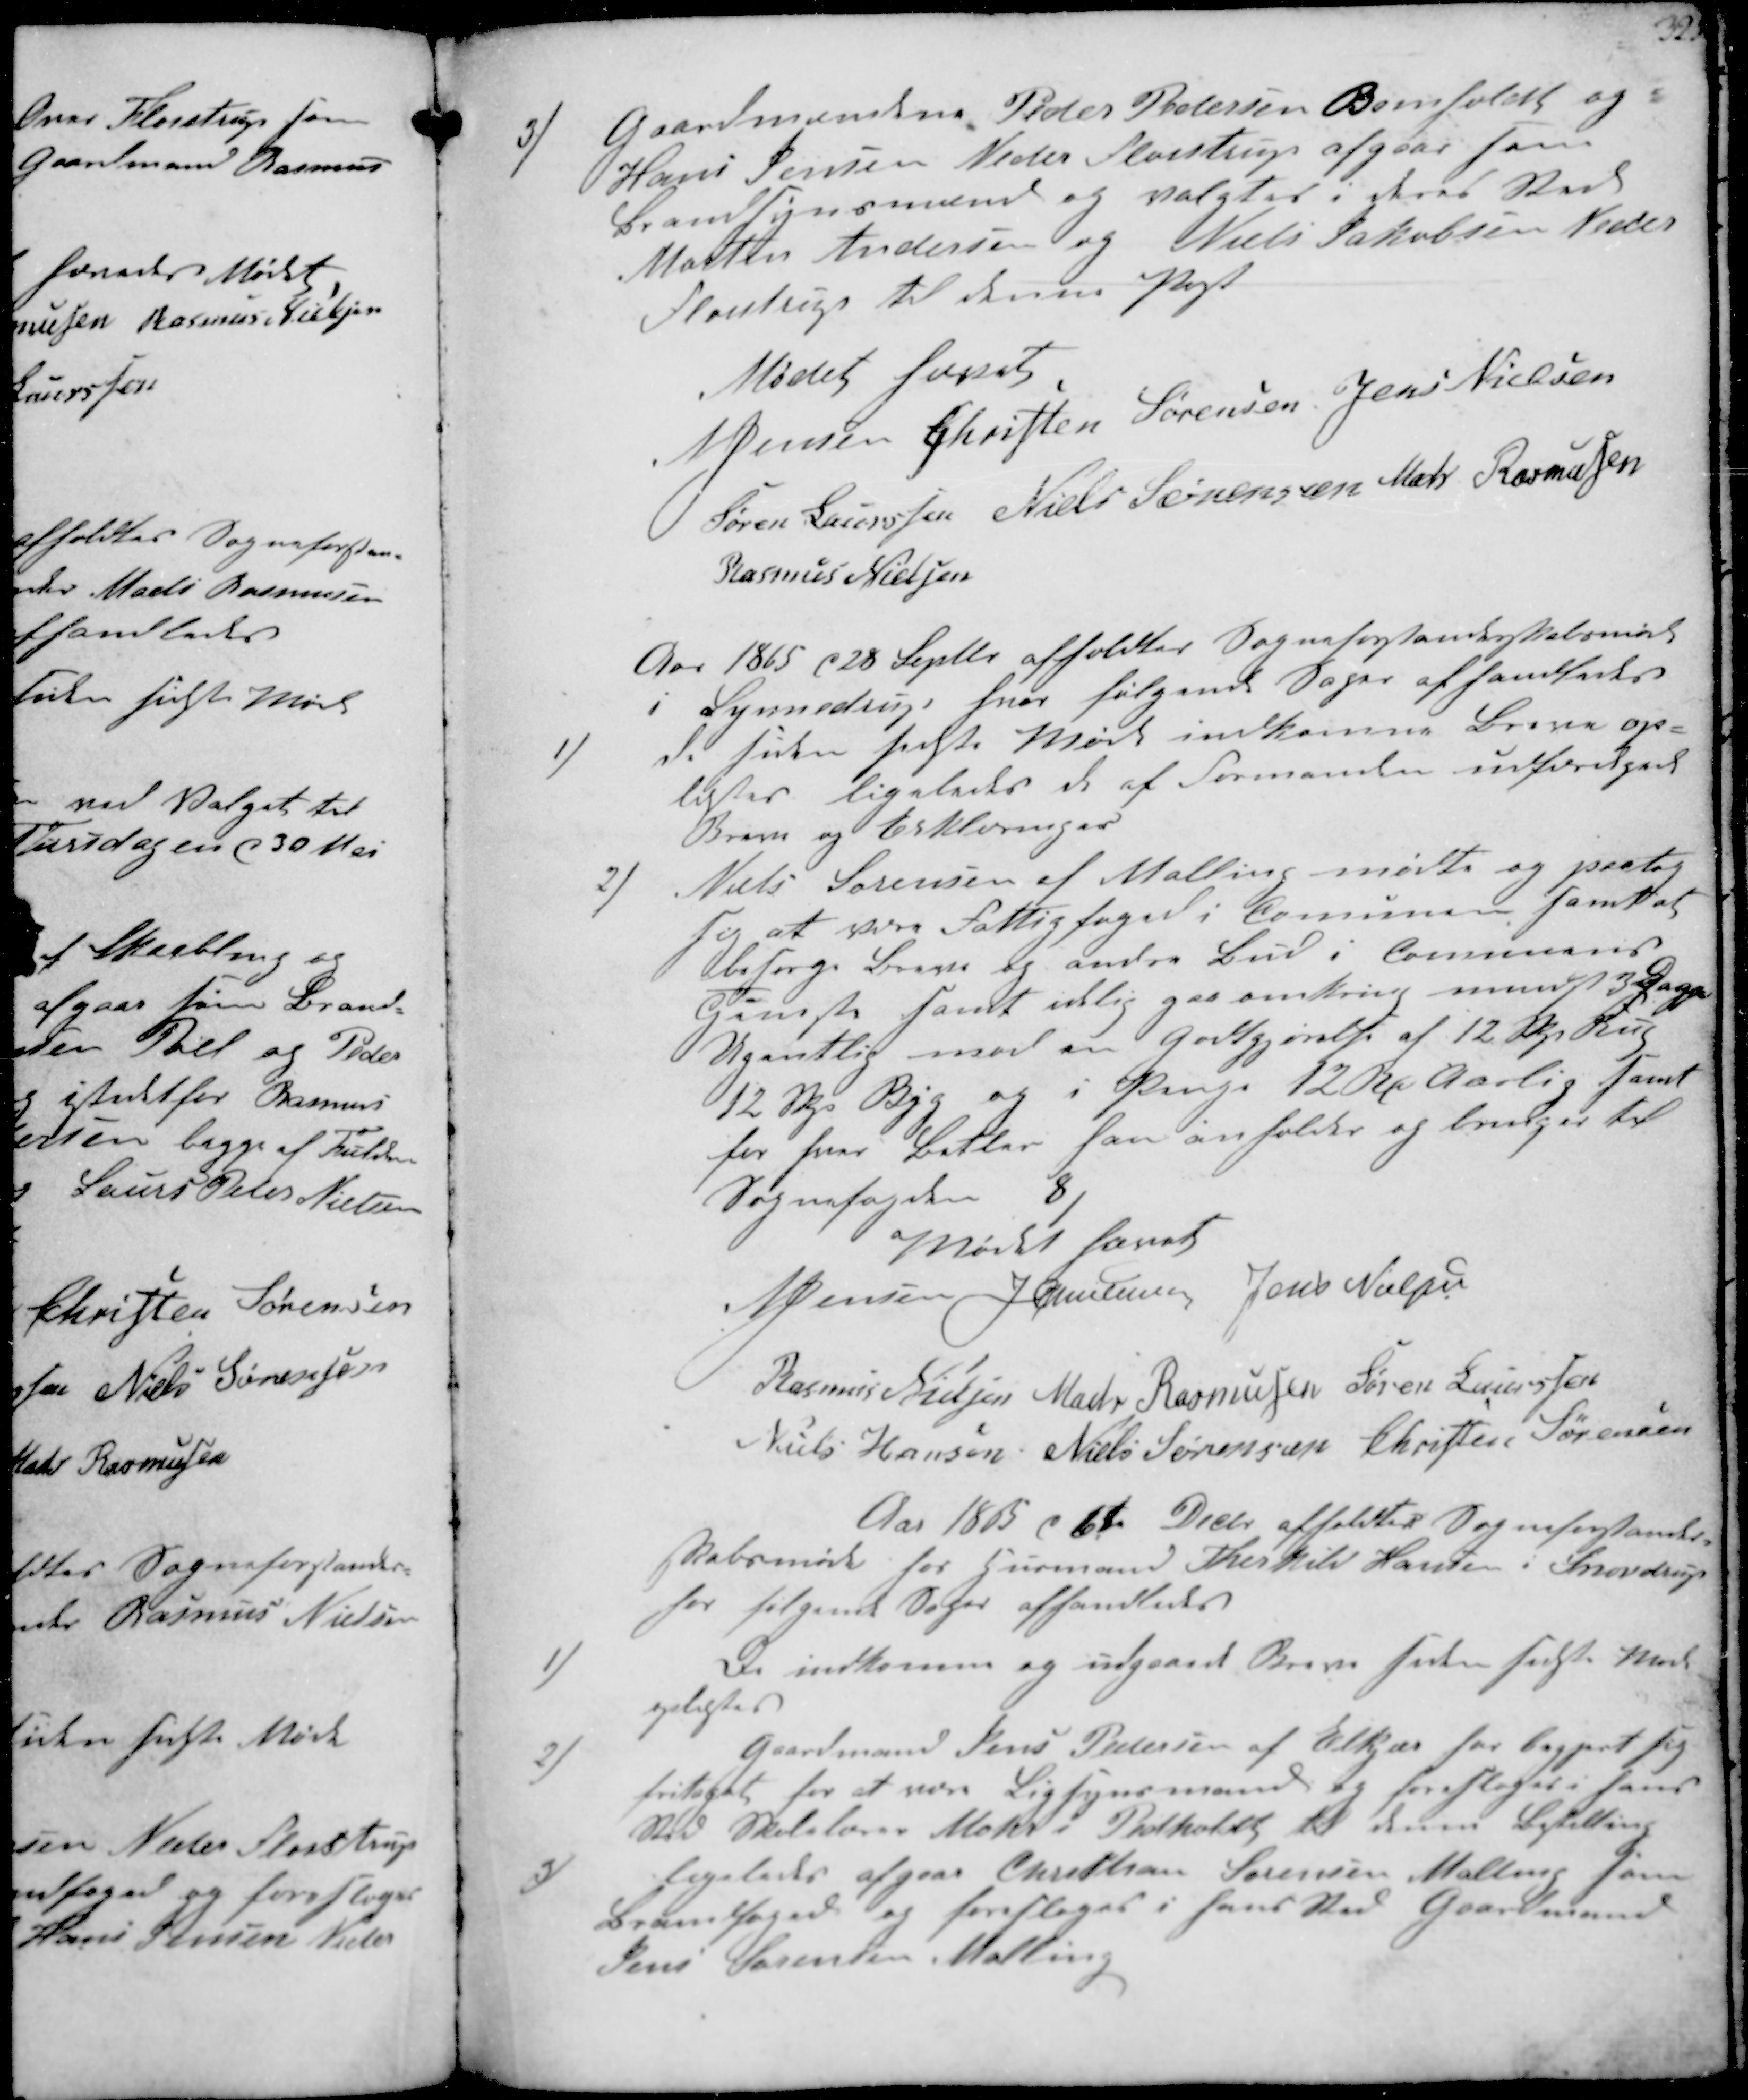
Transskription:
3/ Gaardmændene Peder Pedersen Bomholdt og
Hans Jensen Neder Fløistrup afgaae som
Brandsynsmænd og valgtes i deres Sted
Morten Andersen og Niels Jakobsen Neder
Fløistrup til denne Post

Mødet hævet
NJensen
Christen Sørensen
Jens Nielsen
Søren Laurssen
Niels Sørensen
Mads Rasmussen
Rasmus Nielsen

Aar 1865 d 28 Septbr afholdtes Sogneforstanderskabsmøde
i Synnedrup hvor følgende Sager afhandledes

1/
De siden sidste Møde indkomne Breve op-
læstes ligeledes de af Formanden udfærdigede
Breve og Erklæringer
2/ Niels Sørensen af Malling mødte og paatog
sig at være Fattigfoged i Comunen samt at
besørge Breve og andre Bud i Commuens
Gensste samt idlig gaa omkring mindst 3 Dage
Ugentlig mod en Godtgjørelse af 12 Skp Rug
12 Skp Byg og i Penge 12 Rd Aarlig samt
for hver Betler han anholder og bevilger til
Sognefogden
8/

Mødet hævet
N Jensen
J Christensen
Jens Nielsen
Rasmus Nielsen
Mads Rasmussen
Søren Laurssen
Niels Hansen
Niels Sørensen
Christen Sørensen

Aar 1865 d 6te Decbr afholdtes Sogneforstander-
skabsmøde hos Husmand Therkild Hansen i Snovdrup
hor følgende Sager afhandledes

1/
De indkomne og udgaaede Breve siden sidste Møde
oplæstes
2/
Gaardmand Jens Pedersen af Elkjær har begjert sig
fritaget for at være Ligsynsmand og foresloges i hans
Sted Skolelærer Mohr i Pedholdt til denne Bestilling
3/
Ligeledes afgaae Christian Sørensen Malling som
Brandfoged og foresloges i hans Sted Gaardmand
Jens Sørensen Malling